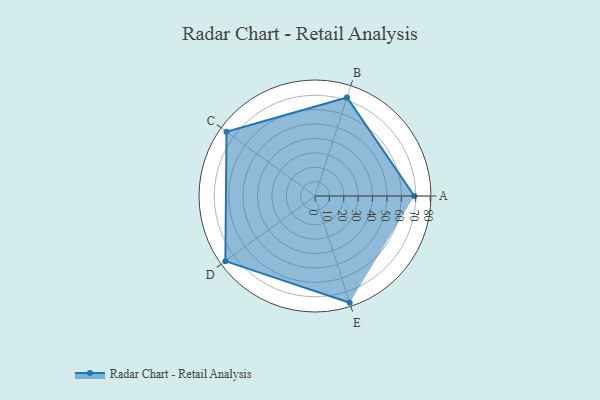
{"axis": {"x": "Skill", "y": "Score"}, "legend": ["Profile"], "data": [{"x": "A", "y": 69.0, "type": "Profile"}, {"x": "B", "y": 72.0, "type": "Profile"}, {"x": "C", "y": 76.0, "type": "Profile"}, {"x": "D", "y": 77.0, "type": "Profile"}, {"x": "E", "y": 78.0, "type": "Profile"}]}